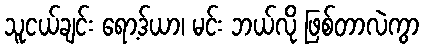
သူငယ်ချင်း ရော့ဒ်ယာ၊ မင်း ဘယ်လို ဖြစ်တာလဲကွာ